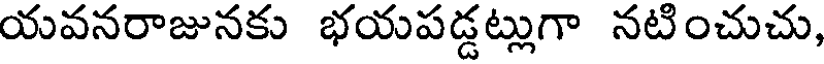
యవనరాజునకు భయపడ్డట్లుగా నటించుచు,